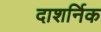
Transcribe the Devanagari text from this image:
दाशर्निक